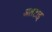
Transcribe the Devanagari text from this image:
अलटाइ